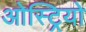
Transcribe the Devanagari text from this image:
ओस्ट्रियो